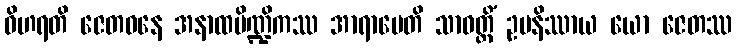
ဝိဟရတိ ဇေတဝနေ အနာထပိဏ္ဍိကဿ အာရာမေတိ သာဝတ္ထိံ ဥပနိဿာယ ယော ဇေတဿ